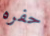
حفره